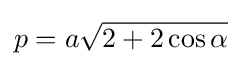
p=a{\sqrt {2+2\cos {\alpha }}}